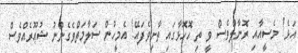
އަޅެ! މެސީއާއި ރޮނާލްވެސް ވީ ތި ހޮހޮޅާގައި ތާށިވެފައޭ! އެމީހުން ސަލާމަތްވެގެންނު ޝުޢޫރެއްވެސް